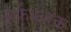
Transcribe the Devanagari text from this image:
बर्फ़भंजक